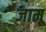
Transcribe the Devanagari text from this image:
जामू